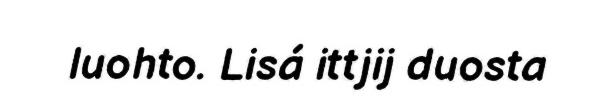
luohto. Lisá ittjij duosta